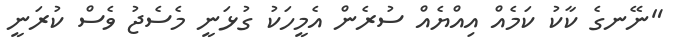
"ނޭނގެ ކާކު ކަމެއް އިއްޔެއް ސުރެން އެމީހަކު ގުޅަނީ މެސެޖު ވެސް ކުރަނީ